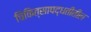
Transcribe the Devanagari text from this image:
चिकित्सापद्धतीतील